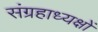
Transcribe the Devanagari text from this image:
संग्रहाध्यक्षों